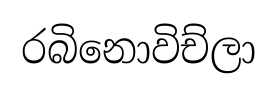
රබිනොවිච්ලා